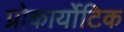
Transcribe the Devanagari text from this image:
प्रोकार्योटिक